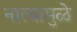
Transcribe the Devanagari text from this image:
नात्यामुळे